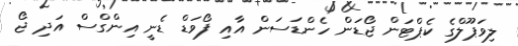
ލިވަޕޫލްގެ ކެޕްޓަން ޖޯޑަން ހެންޑަސަން އާއި ފޯވަޑް ޑެނީ އިންގްސް އަދި ޖޯ